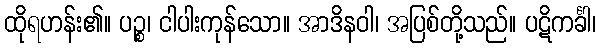
ထိုရဟန်း၏။ ပဉ္စ၊ ငါပါးကုန်သော။ အာဒိနဝါ၊ အပြစ်တို့သည်။ ပဋိကင်္ခါ၊